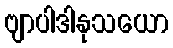
ဗျာပါဒါနုသယော